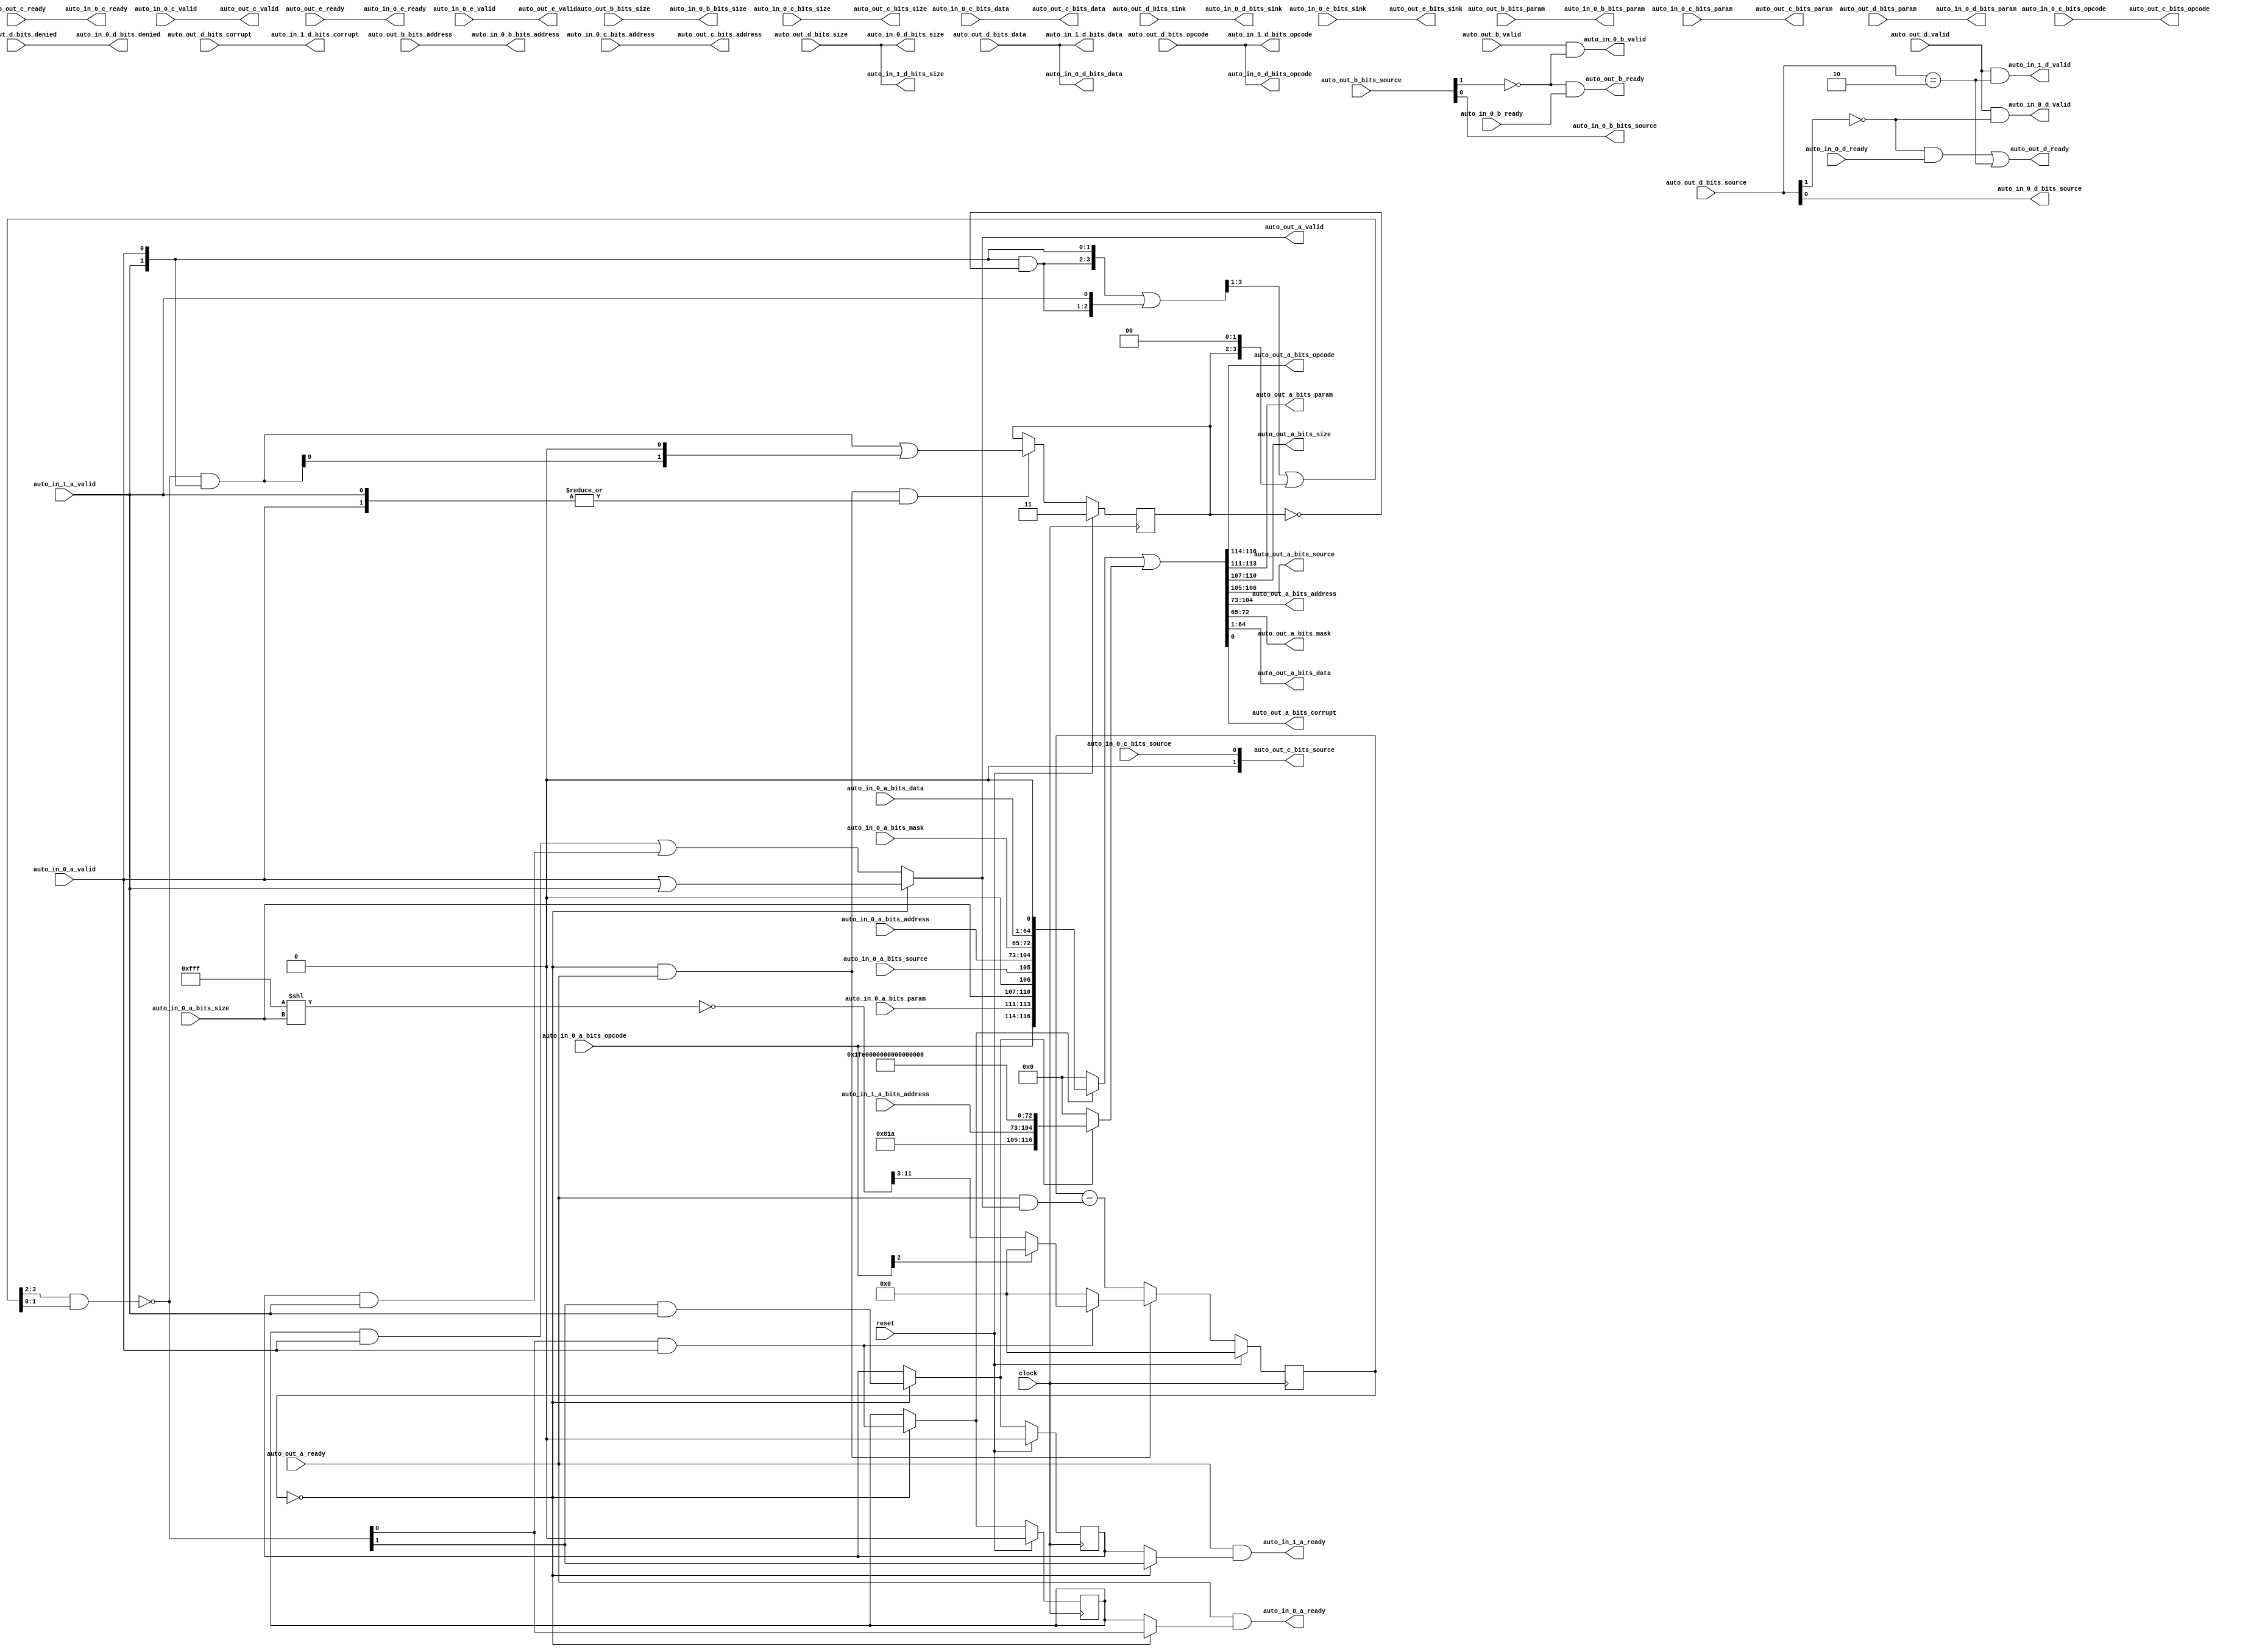
module TLXbar_7(
  input         clock,
  input         reset,
  output        auto_in_1_a_ready,
  input         auto_in_1_a_valid,
  input  [31:0] auto_in_1_a_bits_address,
  output        auto_in_1_d_valid,
  output [2:0]  auto_in_1_d_bits_opcode,
  output [3:0]  auto_in_1_d_bits_size,
  output [63:0] auto_in_1_d_bits_data,
  output        auto_in_1_d_bits_corrupt,
  output        auto_in_0_a_ready,
  input         auto_in_0_a_valid,
  input  [2:0]  auto_in_0_a_bits_opcode,
  input  [2:0]  auto_in_0_a_bits_param,
  input  [3:0]  auto_in_0_a_bits_size,
  input         auto_in_0_a_bits_source,
  input  [31:0] auto_in_0_a_bits_address,
  input  [7:0]  auto_in_0_a_bits_mask,
  input  [63:0] auto_in_0_a_bits_data,
  input         auto_in_0_b_ready,
  output        auto_in_0_b_valid,
  output [1:0]  auto_in_0_b_bits_param,
  output [3:0]  auto_in_0_b_bits_size,
  output        auto_in_0_b_bits_source,
  output [31:0] auto_in_0_b_bits_address,
  output        auto_in_0_c_ready,
  input         auto_in_0_c_valid,
  input  [2:0]  auto_in_0_c_bits_opcode,
  input  [2:0]  auto_in_0_c_bits_param,
  input  [3:0]  auto_in_0_c_bits_size,
  input         auto_in_0_c_bits_source,
  input  [31:0] auto_in_0_c_bits_address,
  input  [63:0] auto_in_0_c_bits_data,
  input         auto_in_0_d_ready,
  output        auto_in_0_d_valid,
  output [2:0]  auto_in_0_d_bits_opcode,
  output [1:0]  auto_in_0_d_bits_param,
  output [3:0]  auto_in_0_d_bits_size,
  output        auto_in_0_d_bits_source,
  output [1:0]  auto_in_0_d_bits_sink,
  output        auto_in_0_d_bits_denied,
  output [63:0] auto_in_0_d_bits_data,
  output        auto_in_0_e_ready,
  input         auto_in_0_e_valid,
  input  [1:0]  auto_in_0_e_bits_sink,
  input         auto_out_a_ready,
  output        auto_out_a_valid,
  output [2:0]  auto_out_a_bits_opcode,
  output [2:0]  auto_out_a_bits_param,
  output [3:0]  auto_out_a_bits_size,
  output [1:0]  auto_out_a_bits_source,
  output [31:0] auto_out_a_bits_address,
  output [7:0]  auto_out_a_bits_mask,
  output [63:0] auto_out_a_bits_data,
  output        auto_out_a_bits_corrupt,
  output        auto_out_b_ready,
  input         auto_out_b_valid,
  input  [1:0]  auto_out_b_bits_param,
  input  [3:0]  auto_out_b_bits_size,
  input  [1:0]  auto_out_b_bits_source,
  input  [31:0] auto_out_b_bits_address,
  input         auto_out_c_ready,
  output        auto_out_c_valid,
  output [2:0]  auto_out_c_bits_opcode,
  output [2:0]  auto_out_c_bits_param,
  output [3:0]  auto_out_c_bits_size,
  output [1:0]  auto_out_c_bits_source,
  output [31:0] auto_out_c_bits_address,
  output [63:0] auto_out_c_bits_data,
  output        auto_out_d_ready,
  input         auto_out_d_valid,
  input  [2:0]  auto_out_d_bits_opcode,
  input  [1:0]  auto_out_d_bits_param,
  input  [3:0]  auto_out_d_bits_size,
  input  [1:0]  auto_out_d_bits_source,
  input  [1:0]  auto_out_d_bits_sink,
  input         auto_out_d_bits_denied,
  input  [63:0] auto_out_d_bits_data,
  input         auto_out_d_bits_corrupt,
  input         auto_out_e_ready,
  output        auto_out_e_valid,
  output [1:0]  auto_out_e_bits_sink
);
`ifdef RANDOMIZE_REG_INIT
  reg [31:0] _RAND_0;
  reg [31:0] _RAND_1;
  reg [31:0] _RAND_2;
  reg [31:0] _RAND_3;
`endif // RANDOMIZE_REG_INIT
  wire  requestBOI_0_0 = ~(auto_out_b_bits_source[1]); // @[Parameters.scala 55:32]
  wire  requestDOI_0_0 = ~(auto_out_d_bits_source[1]); // @[Parameters.scala 55:32]
  wire  requestDOI_0_1 = auto_out_d_bits_source == 2'h2; // @[Parameters.scala 47:9]
  wire [26:0] _beatsAI_decode_T_1 = 27'hfff << auto_in_0_a_bits_size; // @[package.scala 212:77]
  wire [11:0] _beatsAI_decode_T_3 = ~(_beatsAI_decode_T_1[11:0]); // @[package.scala 212:46]
  wire [8:0] beatsAI_decode = _beatsAI_decode_T_3[11:3]; // @[Edges.scala 221:59]
  wire  beatsAI_opdata = ~(auto_in_0_a_bits_opcode[2]); // @[Edges.scala 93:28]
  reg [8:0] beatsLeft; // @[Arbiter.scala 88:30]
  wire  idle = beatsLeft == 9'h0; // @[Arbiter.scala 89:28]
  wire  latch = idle & auto_out_a_ready; // @[Arbiter.scala 90:24]
  wire [1:0] readys_filter_left = {auto_in_1_a_valid,auto_in_0_a_valid}; // @[Cat.scala 29:58]
  reg [1:0] readys_mask; // @[Arbiter.scala 24:23]
  wire [1:0] _readys_filter_T = ~readys_mask; // @[Arbiter.scala 25:30]
  wire [1:0] readys_filter_right = readys_filter_left & _readys_filter_T; // @[Arbiter.scala 25:28]
  wire [3:0] readys_filter = {readys_filter_right,auto_in_1_a_valid,auto_in_0_a_valid}; // @[Cat.scala 29:58]
  wire [3:0] _GEN_1 = {{1'd0}, readys_filter[3:1]}; // @[package.scala 231:43]
  wire [3:0] _readys_unready_T_1 = readys_filter | _GEN_1; // @[package.scala 231:43]
  wire [3:0] _readys_unready_T_4 = {readys_mask, 2'h0}; // @[Arbiter.scala 26:66]
  wire [3:0] _GEN_2 = {{1'd0}, _readys_unready_T_1[3:1]}; // @[Arbiter.scala 26:58]
  wire [3:0] readys_unready = _GEN_2 | _readys_unready_T_4; // @[Arbiter.scala 26:58]
  wire [1:0] _readys_readys_T_2 = (readys_unready[3:2]) & (readys_unready[1:0]); // @[Arbiter.scala 27:39]
  wire [1:0] readys_readys = ~_readys_readys_T_2; // @[Arbiter.scala 27:18]
  wire  _readys_T_6 = latch & (|readys_filter_left); // @[Arbiter.scala 28:18]
  wire [1:0] _readys_readys_mask_T = readys_readys & readys_filter_left; // @[Arbiter.scala 29:29]
  wire [2:0] _readys_readys_mask_T_1 = {_readys_readys_mask_T, 1'h0}; // @[package.scala 222:48]
  wire [1:0] _readys_readys_mask_T_3 = _readys_readys_mask_T | (_readys_readys_mask_T_1[1:0]); // @[package.scala 222:43]
  wire  readys_0 = readys_readys[0]; // @[Arbiter.scala 96:86]
  wire  readys_1 = readys_readys[1]; // @[Arbiter.scala 96:86]
  wire  earlyWinner_0 = readys_0 & auto_in_0_a_valid; // @[Arbiter.scala 98:79]
  wire  earlyWinner_1 = readys_1 & auto_in_1_a_valid; // @[Arbiter.scala 98:79]
  wire  _prefixOR_T = earlyWinner_0 | earlyWinner_1; // @[Arbiter.scala 105:53]
  wire  _T_10 = auto_in_0_a_valid | auto_in_1_a_valid; // @[Arbiter.scala 108:36]
  wire  _T_11 = ~(auto_in_0_a_valid | auto_in_1_a_valid); // @[Arbiter.scala 108:15]
  reg  state_0; // @[Arbiter.scala 117:26]
  wire  muxStateEarly_0 = idle ? earlyWinner_0 : state_0; // @[Arbiter.scala 118:30]
  reg  state_1; // @[Arbiter.scala 117:26]
  wire  muxStateEarly_1 = idle ? earlyWinner_1 : state_1; // @[Arbiter.scala 118:30]
  wire  _out_0_a_earlyValid_T_3 = (state_0 & auto_in_0_a_valid) | (state_1 & auto_in_1_a_valid); // @[Mux.scala 27:72]
  wire  out_0_a_earlyValid = idle ? _T_10 : _out_0_a_earlyValid_T_3; // @[Arbiter.scala 126:29]
  wire  _beatsLeft_T_2 = auto_out_a_ready & out_0_a_earlyValid; // @[ReadyValidCancel.scala 52:33]
  wire [8:0] _GEN_3 = {{8'd0}, _beatsLeft_T_2}; // @[Arbiter.scala 114:52]
  wire [8:0] _beatsLeft_T_4 = beatsLeft - _GEN_3; // @[Arbiter.scala 114:52]
  wire  allowed_0 = idle ? readys_0 : state_0; // @[Arbiter.scala 122:24]
  wire  allowed_1 = idle ? readys_1 : state_1; // @[Arbiter.scala 122:24]
  wire [1:0] in_0_a_bits_source = {{1'd0}, auto_in_0_a_bits_source}; // @[Xbar.scala 231:18 Xbar.scala 237:29]
  wire [116:0] _T_24 = {auto_in_0_a_bits_opcode,auto_in_0_a_bits_param,auto_in_0_a_bits_size,in_0_a_bits_source,
    auto_in_0_a_bits_address,auto_in_0_a_bits_mask,auto_in_0_a_bits_data,1'h0}; // @[Mux.scala 27:72]
  wire [116:0] _T_25 = muxStateEarly_0 ? _T_24 : 117'h0; // @[Mux.scala 27:72]
  wire [116:0] _T_26 = {12'h81a,auto_in_1_a_bits_address,8'hff,65'h0}; // @[Mux.scala 27:72]
  wire [116:0] _T_27 = muxStateEarly_1 ? _T_26 : 117'h0; // @[Mux.scala 27:72]
  wire [116:0] _T_28 = _T_25 | _T_27; // @[Mux.scala 27:72]
  assign auto_in_1_a_ready = auto_out_a_ready & allowed_1; // @[Arbiter.scala 124:31]
  assign auto_in_1_d_valid = auto_out_d_valid & requestDOI_0_1; // @[Xbar.scala 179:40]
  assign auto_in_1_d_bits_opcode = auto_out_d_bits_opcode; // @[Nodes.scala 1213:84 LazyModule.scala 314:12]
  assign auto_in_1_d_bits_size = auto_out_d_bits_size; // @[Nodes.scala 1213:84 LazyModule.scala 314:12]
  assign auto_in_1_d_bits_data = auto_out_d_bits_data; // @[Nodes.scala 1213:84 LazyModule.scala 314:12]
  assign auto_in_1_d_bits_corrupt = auto_out_d_bits_corrupt; // @[Nodes.scala 1213:84 LazyModule.scala 314:12]
  assign auto_in_0_a_ready = auto_out_a_ready & allowed_0; // @[Arbiter.scala 124:31]
  assign auto_in_0_b_valid = auto_out_b_valid & requestBOI_0_0; // @[Xbar.scala 179:40]
  assign auto_in_0_b_bits_param = auto_out_b_bits_param; // @[Nodes.scala 1213:84 LazyModule.scala 314:12]
  assign auto_in_0_b_bits_size = auto_out_b_bits_size; // @[Nodes.scala 1213:84 LazyModule.scala 314:12]
  assign auto_in_0_b_bits_source = auto_out_b_bits_source[0]; // @[Xbar.scala 228:69]
  assign auto_in_0_b_bits_address = auto_out_b_bits_address; // @[Nodes.scala 1213:84 LazyModule.scala 314:12]
  assign auto_in_0_c_ready = auto_out_c_ready; // @[Nodes.scala 1213:84 LazyModule.scala 314:12]
  assign auto_in_0_d_valid = auto_out_d_valid & requestDOI_0_0; // @[Xbar.scala 179:40]
  assign auto_in_0_d_bits_opcode = auto_out_d_bits_opcode; // @[Nodes.scala 1213:84 LazyModule.scala 314:12]
  assign auto_in_0_d_bits_param = auto_out_d_bits_param; // @[Nodes.scala 1213:84 LazyModule.scala 314:12]
  assign auto_in_0_d_bits_size = auto_out_d_bits_size; // @[Nodes.scala 1213:84 LazyModule.scala 314:12]
  assign auto_in_0_d_bits_source = auto_out_d_bits_source[0]; // @[Xbar.scala 228:69]
  assign auto_in_0_d_bits_sink = auto_out_d_bits_sink; // @[Xbar.scala 323:53]
  assign auto_in_0_d_bits_denied = auto_out_d_bits_denied; // @[Nodes.scala 1213:84 LazyModule.scala 314:12]
  assign auto_in_0_d_bits_data = auto_out_d_bits_data; // @[Nodes.scala 1213:84 LazyModule.scala 314:12]
  assign auto_in_0_e_ready = auto_out_e_ready; // @[Nodes.scala 1213:84 LazyModule.scala 314:12]
  assign auto_out_a_valid = idle ? _T_10 : _out_0_a_earlyValid_T_3; // @[Arbiter.scala 126:29]
  assign auto_out_a_bits_opcode = _T_28[116:114]; // @[Mux.scala 27:72]
  assign auto_out_a_bits_param = _T_28[113:111]; // @[Mux.scala 27:72]
  assign auto_out_a_bits_size = _T_28[110:107]; // @[Mux.scala 27:72]
  assign auto_out_a_bits_source = _T_28[106:105]; // @[Mux.scala 27:72]
  assign auto_out_a_bits_address = _T_28[104:73]; // @[Mux.scala 27:72]
  assign auto_out_a_bits_mask = _T_28[72:65]; // @[Mux.scala 27:72]
  assign auto_out_a_bits_data = _T_28[64:1]; // @[Mux.scala 27:72]
  assign auto_out_a_bits_corrupt = _T_28[0]; // @[Mux.scala 27:72]
  assign auto_out_b_ready = requestBOI_0_0 & auto_in_0_b_ready; // @[Mux.scala 27:72]
  assign auto_out_c_valid = auto_in_0_c_valid; // @[ReadyValidCancel.scala 23:38]
  assign auto_out_c_bits_opcode = auto_in_0_c_bits_opcode; // @[Nodes.scala 1216:84 LazyModule.scala 312:16]
  assign auto_out_c_bits_param = auto_in_0_c_bits_param; // @[Nodes.scala 1216:84 LazyModule.scala 312:16]
  assign auto_out_c_bits_size = auto_in_0_c_bits_size; // @[Nodes.scala 1216:84 LazyModule.scala 312:16]
  assign auto_out_c_bits_source = {{1'd0}, auto_in_0_c_bits_source}; // @[Xbar.scala 231:18 Xbar.scala 259:29]
  assign auto_out_c_bits_address = auto_in_0_c_bits_address; // @[Nodes.scala 1216:84 LazyModule.scala 312:16]
  assign auto_out_c_bits_data = auto_in_0_c_bits_data; // @[Nodes.scala 1216:84 LazyModule.scala 312:16]
  assign auto_out_d_ready = (requestDOI_0_0 & auto_in_0_d_ready) | requestDOI_0_1; // @[Mux.scala 27:72]
  assign auto_out_e_valid = auto_in_0_e_valid; // @[ReadyValidCancel.scala 23:38]
  assign auto_out_e_bits_sink = auto_in_0_e_bits_sink; // @[Xbar.scala 228:69]
  always @(posedge clock) begin
    if (reset) begin // @[Arbiter.scala 88:30]
      beatsLeft <= 9'h0; // @[Arbiter.scala 88:30]
    end else if (latch) begin // @[Arbiter.scala 114:23]
      if (earlyWinner_0) begin // @[Arbiter.scala 112:73]
        if (beatsAI_opdata) begin // @[Edges.scala 222:14]
          beatsLeft <= beatsAI_decode;
        end else begin
          beatsLeft <= 9'h0;
        end
      end else begin
        beatsLeft <= 9'h0;
      end
    end else begin
      beatsLeft <= _beatsLeft_T_4;
    end
    if (reset) begin // @[Arbiter.scala 24:23]
      readys_mask <= 2'h3; // @[Arbiter.scala 24:23]
    end else if (_readys_T_6) begin // @[Arbiter.scala 28:32]
      readys_mask <= _readys_readys_mask_T_3; // @[Arbiter.scala 29:12]
    end
    if (reset) begin // @[Arbiter.scala 117:26]
      state_0 <= 1'h0; // @[Arbiter.scala 117:26]
    end else if (idle) begin // @[Arbiter.scala 118:30]
      state_0 <= earlyWinner_0;
    end
    if (reset) begin // @[Arbiter.scala 117:26]
      state_1 <= 1'h0; // @[Arbiter.scala 117:26]
    end else if (idle) begin // @[Arbiter.scala 118:30]
      state_1 <= earlyWinner_1;
    end
  end
// Register and memory initialization
`ifdef RANDOMIZE_GARBAGE_ASSIGN
`define RANDOMIZE
`endif
`ifdef RANDOMIZE_INVALID_ASSIGN
`define RANDOMIZE
`endif
`ifdef RANDOMIZE_REG_INIT
`define RANDOMIZE
`endif
`ifdef RANDOMIZE_MEM_INIT
`define RANDOMIZE
`endif
`ifndef RANDOM
`define RANDOM $random
`endif
`ifdef RANDOMIZE_MEM_INIT
  integer initvar;
`endif
`ifndef SYNTHESIS
`ifdef FIRRTL_BEFORE_INITIAL
`FIRRTL_BEFORE_INITIAL
`endif
initial begin
  `ifdef RANDOMIZE
    `ifdef INIT_RANDOM
      `INIT_RANDOM
    `endif
    `ifndef VERILATOR
      `ifdef RANDOMIZE_DELAY
        #`RANDOMIZE_DELAY begin end
      `else
        #0.002 begin end
      `endif
    `endif
`ifdef RANDOMIZE_REG_INIT
  _RAND_0 = {1{`RANDOM}};
  beatsLeft = _RAND_0[8:0];
  _RAND_1 = {1{`RANDOM}};
  readys_mask = _RAND_1[1:0];
  _RAND_2 = {1{`RANDOM}};
  state_0 = _RAND_2[0:0];
  _RAND_3 = {1{`RANDOM}};
  state_1 = _RAND_3[0:0];
`endif // RANDOMIZE_REG_INIT
  `endif // RANDOMIZE
end // initial
`ifdef FIRRTL_AFTER_INITIAL
`FIRRTL_AFTER_INITIAL
`endif
`endif // SYNTHESIS
endmodule